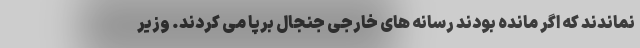
نماندند که اگر مانده بودند رسانه های خارجی جنجال برپا می کردند. وزیر